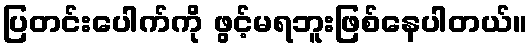
ပြတင်းပေါက်ကို ဖွင့်မရဘူးဖြစ်နေပါတယ်။